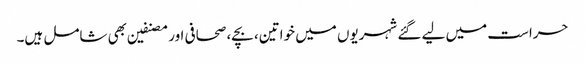
حراست میں لیے گئے شہریوں میں خواتین، بچے، صحافی اور مصنفین بھی شامل ہیں۔